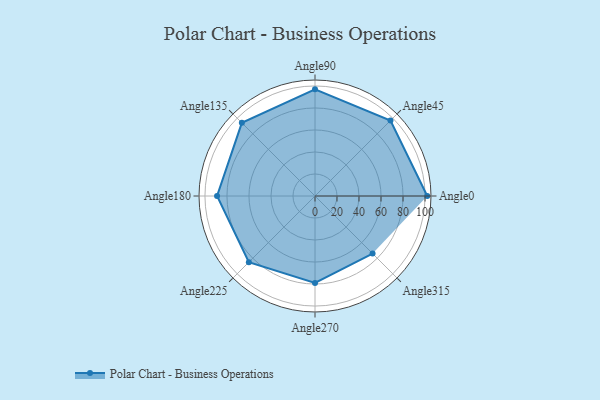
{"axis": {"x": "Angle", "y": "Radius"}, "legend": [""], "data": [{"x": "Angle0", "y": 102.0, "type": ""}, {"x": "Angle45", "y": 97.0, "type": ""}, {"x": "Angle90", "y": 97.0, "type": ""}, {"x": "Angle135", "y": 94.0, "type": ""}, {"x": "Angle180", "y": 89.0, "type": ""}, {"x": "Angle225", "y": 85.0, "type": ""}, {"x": "Angle270", "y": 79.0, "type": ""}, {"x": "Angle315", "y": 74.0, "type": ""}]}